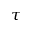
\tau